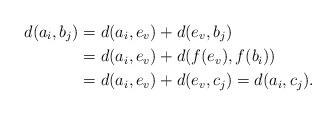
LaTeX: \begin{align*}d(a_i,b_j)&=d(a_i, e_v)+d(e_v, b_j)\\&=d(a_i, e_v)+d(f(e_v),f(b_i))\\&=d(a_i, e_v)+d(e_v, c_j)=d(a_i, c_j).\end{align*}